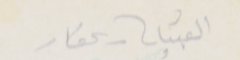
القبيات - عكار